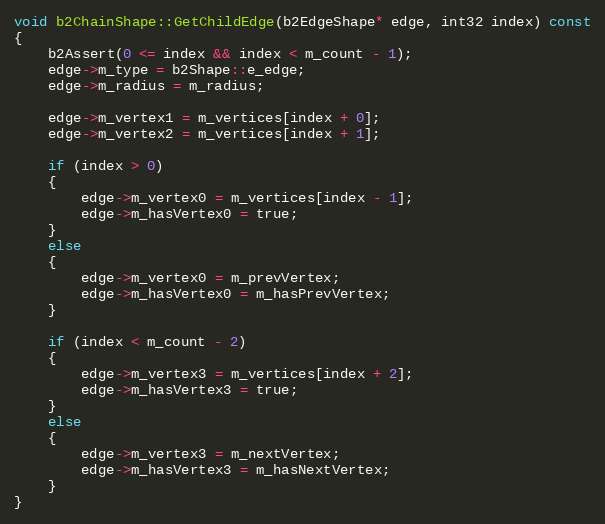
Language: C++
void b2ChainShape::GetChildEdge(b2EdgeShape* edge, int32 index) const
{
	b2Assert(0 <= index && index < m_count - 1);
	edge->m_type = b2Shape::e_edge;
	edge->m_radius = m_radius;

	edge->m_vertex1 = m_vertices[index + 0];
	edge->m_vertex2 = m_vertices[index + 1];

	if (index > 0)
	{
		edge->m_vertex0 = m_vertices[index - 1];
		edge->m_hasVertex0 = true;
	}
	else
	{
		edge->m_vertex0 = m_prevVertex;
		edge->m_hasVertex0 = m_hasPrevVertex;
	}

	if (index < m_count - 2)
	{
		edge->m_vertex3 = m_vertices[index + 2];
		edge->m_hasVertex3 = true;
	}
	else
	{
		edge->m_vertex3 = m_nextVertex;
		edge->m_hasVertex3 = m_hasNextVertex;
	}
}